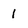
Character: 1